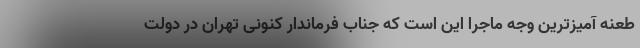
طعنه آمیزترین وجه ماجرا این است که جناب فرماندار کنونی تهران در دولت